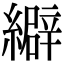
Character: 䌟